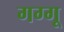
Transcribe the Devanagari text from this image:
गग्गू